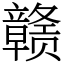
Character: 赣